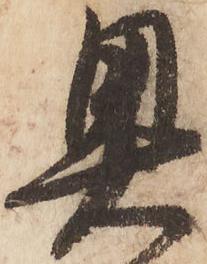
奥